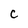
Character: c